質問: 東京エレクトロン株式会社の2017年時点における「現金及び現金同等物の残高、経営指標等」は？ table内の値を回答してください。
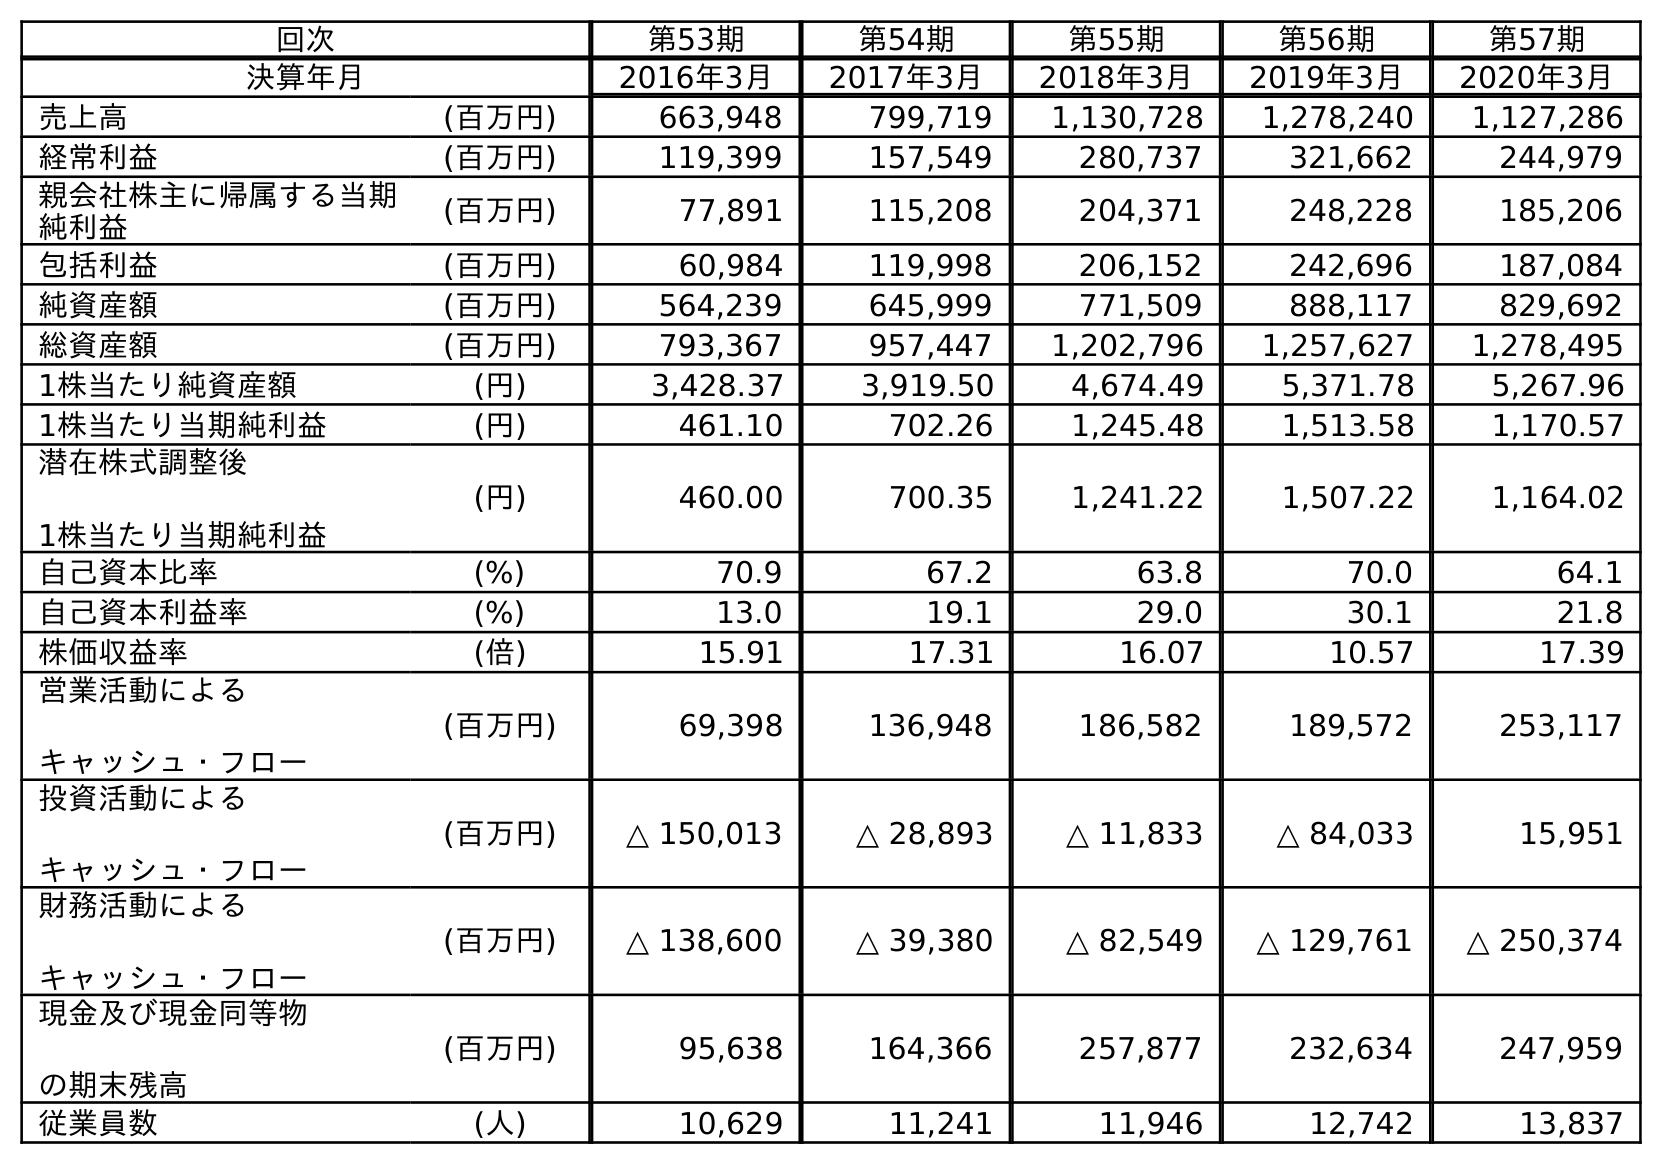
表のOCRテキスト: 回次 第53期 第54期 第55期 第56期 第57期 決算年月 2016年3月 2017年3月 2018年3月 2019年3月 2020年3月 売上高 (百万円) 663,948 799,719 1,130,728 1,278,240 1,127,286 経常利益 (百万円) 119,399 157,549 280,737 321,662 244,979 親会社株主に帰属する当期 純利益 (百万円) 77,891 115,208 204,371 248,228 185,206 包括利益 (百万円) 60,984 119,998 206,152 242,696 187,084 純資産額 (百万円) 564,239 645,999 771,509 888,117 829,692 総資産額 (百万円) 793,367 957,447 1,202,796 1,257,627 1,278,495 1株当たり純資産額 (円) 3,428.37 3,919.50 4,674.49 5,371.78 5,267.96 1株当たり当期純利益 (円) 461.10 702.26 1,245.48 1,513.58 1,170.57 潜在株式調整後 1株当たり当期純利益 (円) 460.00 700.35 1,241.22 1,507.22 1,164.02 自己資本比率 (%) 70.9 67.2 63.8 70.0 64.1 自己資本利益率 (%) 13.0 19.1 29.0 30.1 21.8 株価収益率 (倍) 15.91 17.31 16.07 10.57 17.39 営業活動による キャッシュ・フロー (百万円) 69,398 136,948 186,582 189,572 253,117 投資活動による キャッシュ・フロー (百万円) △ 150,013 △ 28,893 △ 11,833 △ 84,033 15,951 財務活動による キャッシュ・フロー (百万円) △ 138,600 △ 39,380 △ 82,549 △ 129,761 △ 250,374 現金及び現金同等物 の期末残高 (百万円) 95,638 164,366 257,877 232,634 247,959 従業員数 (人) 10,629 11,241 11,946 12,742 13,837
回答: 164,366